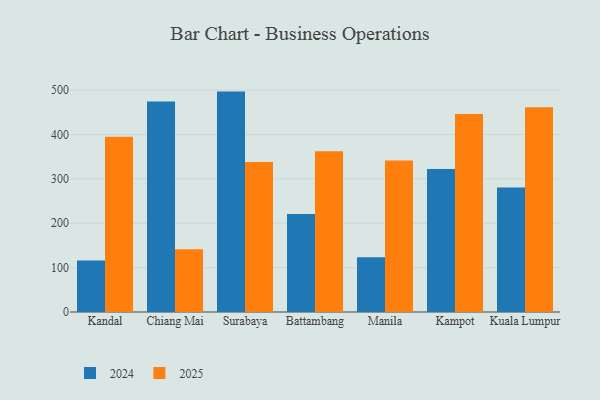
{"axis": {"x": "City", "y": "Active Users"}, "legend": ["2024", "2025"], "data": [{"x": "Kandal", "y": 395.1, "type": "2025"}, {"x": "Kandal", "y": 116.2, "type": "2024"}, {"x": "Chiang Mai", "y": 141.4, "type": "2025"}, {"x": "Chiang Mai", "y": 474.6, "type": "2024"}, {"x": "Surabaya", "y": 338.1, "type": "2025"}, {"x": "Surabaya", "y": 496.7, "type": "2024"}, {"x": "Battambang", "y": 362.3, "type": "2025"}, {"x": "Battambang", "y": 220.6, "type": "2024"}, {"x": "Manila", "y": 341.6, "type": "2025"}, {"x": "Manila", "y": 123.2, "type": "2024"}, {"x": "Kampot", "y": 446.5, "type": "2025"}, {"x": "Kampot", "y": 322.0, "type": "2024"}, {"x": "Kuala Lumpur", "y": 461.3, "type": "2025"}, {"x": "Kuala Lumpur", "y": 280.4, "type": "2024"}]}